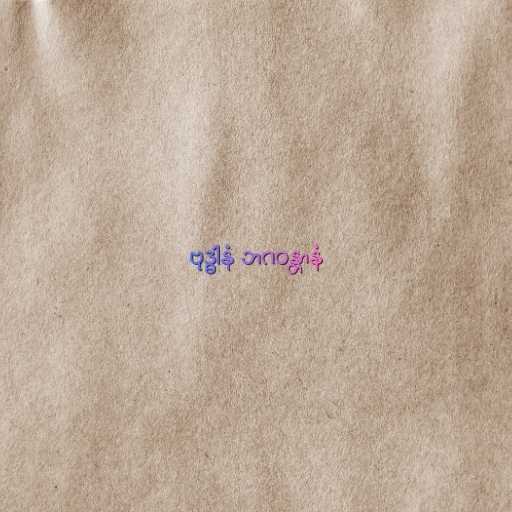
ဗုဒ္ဓါနံ ဘဂဝန္တာနံ